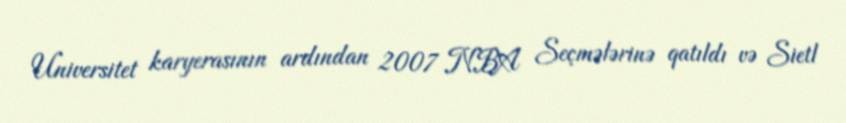
Universitet karyerasının ardından 2007 NBA Seçmələrinə qatıldı və Sietl